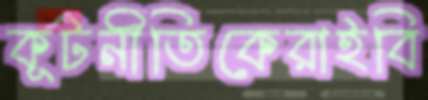
কূটনীতিকেরাইবি